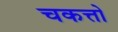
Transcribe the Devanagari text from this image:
चकत्तो